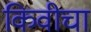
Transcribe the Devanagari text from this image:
किवीचा